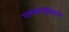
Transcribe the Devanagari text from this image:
मायकोटॉक्सिन